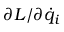
\partial L / \partial { \dot { q } } _ { i }